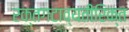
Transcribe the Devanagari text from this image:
रक्तगटाव्यतीरिक्त